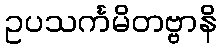
ဥပသင်္ကမိတဗ္ဗာနိ